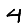
Digit: 4